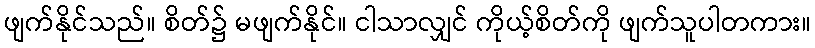
ဖျက်နိုင်သည်။ စိတ်၌ မဖျက်နိုင်။ ငါသာလျှင် ကိုယ့်စိတ်ကို ဖျက်သူပါတကား။